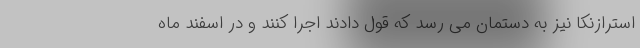
استرازنکا نیز به دستمان می رسد که قول دادند اجرا کنند و در اسفند ماه